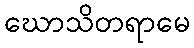
ဃောသိတရာမေ